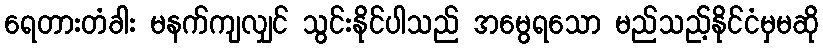
ရေတားတံခါး မနက်ကျလျှင် သွင်းနိုင်ပါသည် အမွေရသော မည်သည့်နိုင်ငံမှမဆို